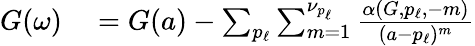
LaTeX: \begin{array}{r}{\begin{array}{rl}{G(\omega)}&{{}=G(a)-\sum_{p_{\ell}}\sum_{m=1}^{\nu_{p_{\ell}}}\frac{\alpha(G,p_{\ell},-m)}{(a-p_{\ell})^{m}}}\end{array}}\end{array}